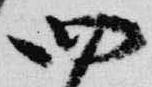
四